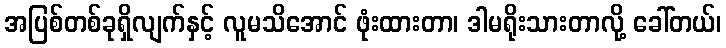
အပြစ်တစ်ခုရှိလျက်နှင့် လူမသိအောင် ဖုံးထားတာ၊ ဒါမရိုးသားတာလို့ ခေါ်တယ်၊